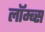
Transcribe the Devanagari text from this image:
लॉम्ब्स